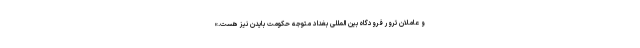
‌و عاملان ترور فرودگاه بین المللی بغداد متوجه حکومت بایدن نیز هست.»